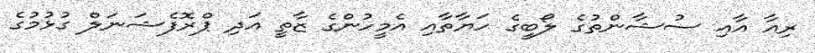
ރިއާ އާއި ސުޝާންތުގެ ލޯބީގެ ހަޔާތާއި އެމީހުންގެ ޒާތީ އަދި ޕްރޮފެޝަނަލް ގުޅުމުގެ